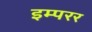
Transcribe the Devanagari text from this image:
इम्परर